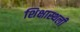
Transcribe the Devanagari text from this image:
शिक्षास्थली